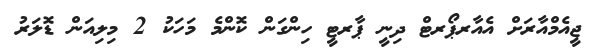
ޖީއެމްއާރަށް އެއާރޕޯރޓް ދިނީ ޕާރޓީ ހިންގަން ކޮންމެ މަހަކު 2 މިލިއަން ޑޮލަރު